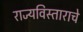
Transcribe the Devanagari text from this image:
राज्यविस्ताराचे